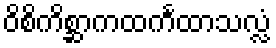
ဝိစိကိစ္ဆာကထင်္ကထာသလ္လံ